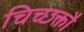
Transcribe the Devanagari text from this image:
चिच्छक्तौ